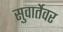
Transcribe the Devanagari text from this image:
सुवार्तेवर